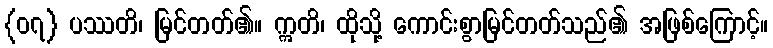
{၀၇} ပဿတိ၊ မြင်တတ်၏။ ဣတိ၊ ထိုသို့ ကောင်းစွာမြင်တတ်သည်၏ အဖြစ်ကြောင့်။